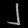
Digit: ၂